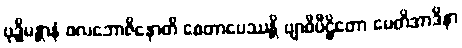
ဗုဒ္ဓိမန္တာနံ ဖလဘောဇိနောတိ စေတာပေဿန္တိ ဗျာဓိပီဠိတော မေတိအာဒိနာ